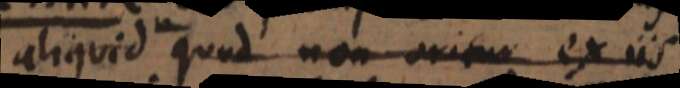
aliquid quod non oritur ex iis